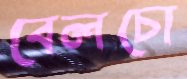
বেলচো